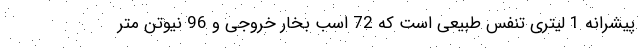
پیشرانه 1 لیتری تنفس طبیعی است که 72 اسب بخار خروجی و 96 نیوتن متر